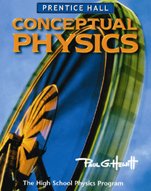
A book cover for Conceptual Physics: The High School Physics Program; Prentice Hall; Teen & Young Adult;